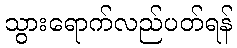
သွားရောက်လည်ပတ်ရန်